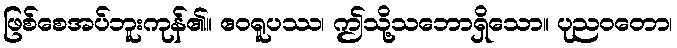
ဖြစ်စေအပ်ဘူးကုန်၏။ ဧဝရူပဿ၊ ဤသို့သဘောရှိသော။ ပုညဝတော၊